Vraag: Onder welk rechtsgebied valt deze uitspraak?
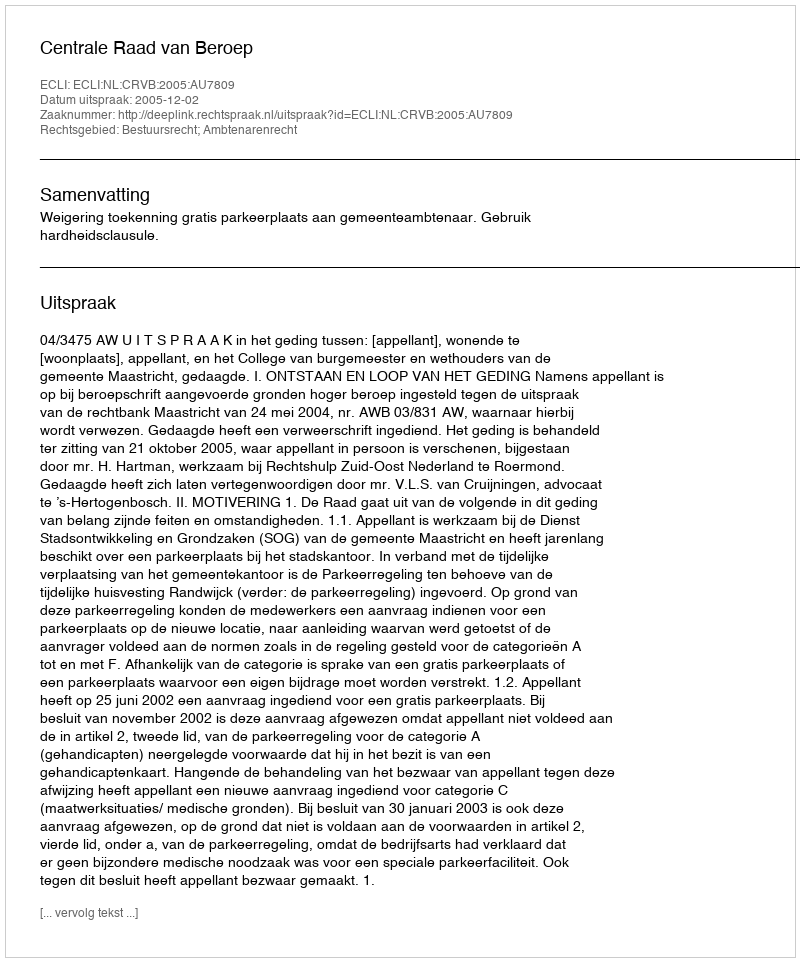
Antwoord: Bestuursrecht; Ambtenarenrecht